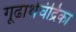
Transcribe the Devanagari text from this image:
गूढार्थचंद्रिका